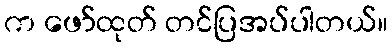
က ဖော်ထုတ် တင်ပြအပ်ပါတယ်။